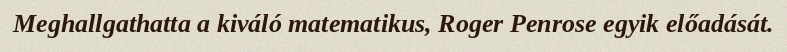
Meghallgathatta a kiváló matematikus, Roger Penrose egyik előadását.